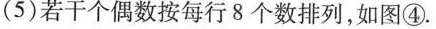
(5)若干个偶数按每行8个数排列，如图④.